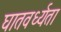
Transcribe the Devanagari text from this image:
घातवर्ध्यता